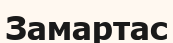
Замартас